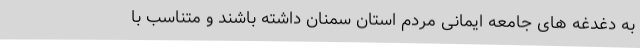
به دغدغه های جامعه ایمانی مردم استان سمنان داشته باشند و متناسب با